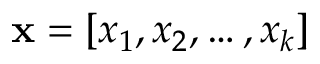
\mathbf { x } = \left[ x _ { 1 } , x _ { 2 } , \ldots , x _ { k } \right]